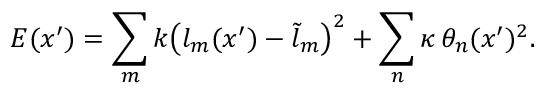
E ( \boldsymbol { x } ^ { \prime } ) = \sum _ { m } k \big ( l _ { m } ( \boldsymbol { x } ^ { \prime } ) - \tilde { l } _ { m } \big ) ^ { 2 } + \sum _ { n } \kappa \, \theta _ { n } ( \boldsymbol { x } ^ { \prime } ) ^ { 2 } .